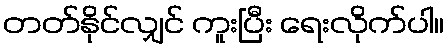
တတ်နိုင်လျှင် ကူးပြီး ရေးလိုက်ပါ။